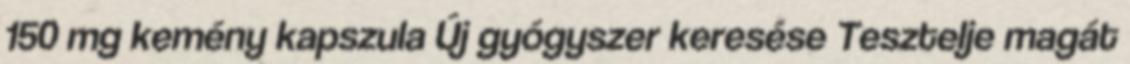
150 mg kemény kapszula Új gyógyszer keresése Tesztelje magát